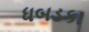
ધબડકા